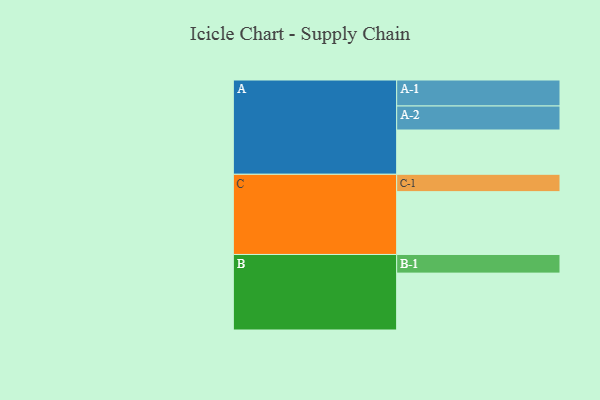
{"axis": {"x": "Segment", "y": "Value"}, "legend": ["", "A", "B", "C"], "data": [{"x": "A", "y": 380, "type": ""}, {"x": "B", "y": 488, "type": ""}, {"x": "C", "y": 539, "type": ""}, {"x": "A-1", "y": 223, "type": "A"}, {"x": "A-2", "y": 206, "type": "A"}, {"x": "B-1", "y": 160, "type": "B"}, {"x": "C-1", "y": 149, "type": "C"}]}